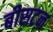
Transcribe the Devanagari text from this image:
बीसटन